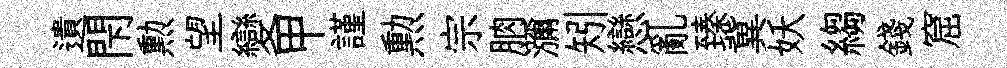
遺閇勲望變甲謹勲宗朒瀰矧戀亂臻冀妖縐錢窟